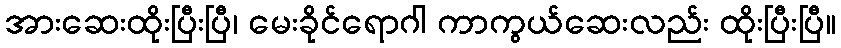
အားဆေးထိုးပြီးပြီ၊ မေးခိုင်ရောဂါ ကာကွယ်ဆေးလည်း ထိုးပြီးပြီ။